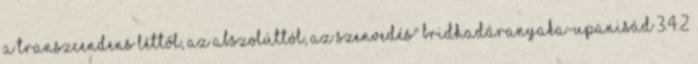
a transzcendens léttől, az Abszolúttól, az szenvedés" Bridhadáranyaka-Upanisád 3.4.2